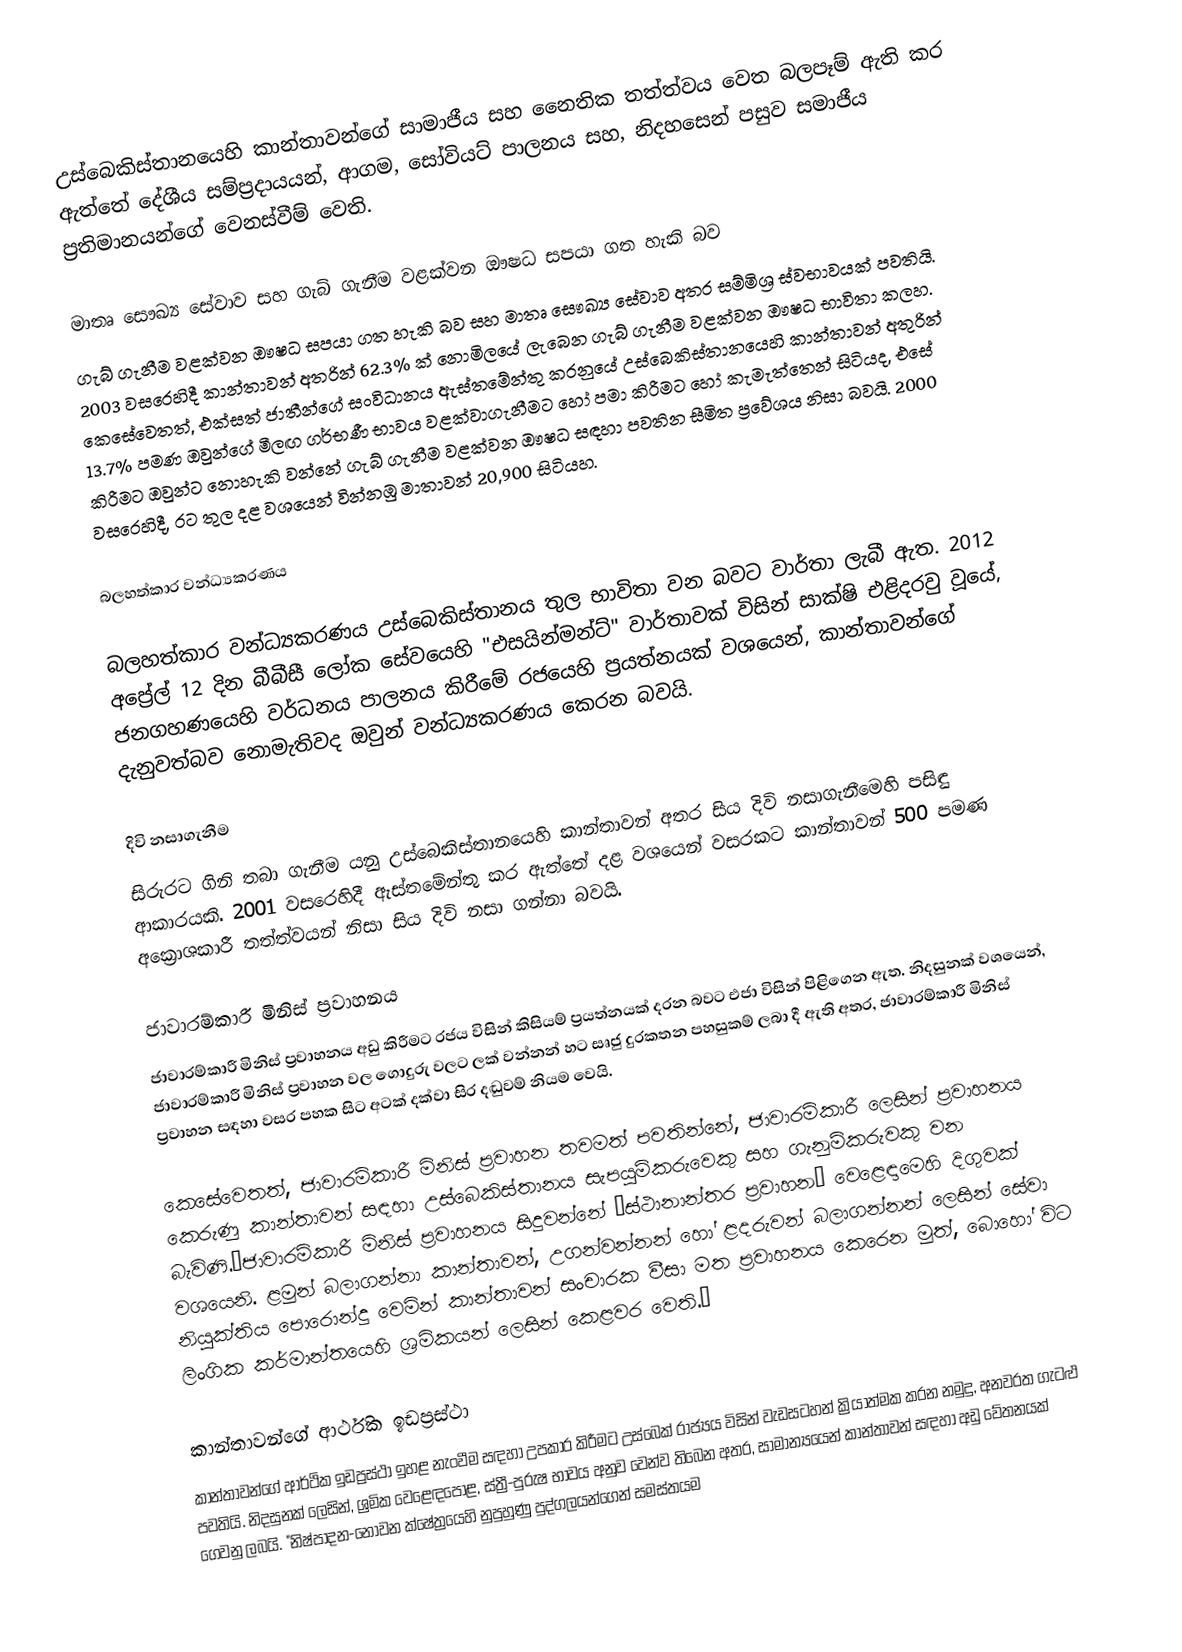
උස්බෙකිස්තානයෙහි කාන්තාවන්ගේ සාමාජීය සහ නෛතික තත්ත්වය වෙත බලපෑම් ඇති කර ඇත්තේ දේශීය සම්ප්‍රදායයන්, ආගම, සෝවියට් පාලනය සහ, නිදහසෙන් පසුව සමාජීය ප්‍රතිමානයන්ගේ වෙනස්වීම් වෙති.

මාතෘ සෞඛ්‍ය සේවාව සහ ගැබ් ගැනීම වළක්වන ඖෂධ සපයා ගත හැකි බව
ගැබ් ගැනීම වළක්වන ඖෂධ සපයා ගත හැකි බව සහ මාතෘ සෞඛ්‍ය සේවාව අතර සම්මිශ්‍ර ස්වභාවයක් පවතියි. 2003 වසරෙහිදී කාන්තාවන් අතරින් 62.3% ක් නොමිලයේ ලැබෙන ගැබ් ගැනීම වළක්වන ඖෂධ භාවිතා කලහ. කෙසේවෙතත්, එක්සත් ජාතීන්ගේ සංවිධානය ඇස්තමේන්තු කරනුයේ උස්බෙකිස්තානයෙහි කාන්තාවන් අතුරින් 13.7% පමණ ඔවුන්ගේ මීලඟ ගර්භණී භාවය වළක්වාගැනීමට හෝ පමා කිරීමට හෝ කැමැත්තෙන් සිටියද, එසේ කිරීමට ඔවුන්ට නොහැකි වන්නේ ගැබ් ගැනීම වළක්වන ඖෂධ සඳහා පවතින සීමිත ප්‍රවේශය නිසා බවයි. 2000 වසරෙහිදී, රට තුල දළ වශයෙන්  වින්නඹු මාතාවන් 20,900 සිටියහ.

බලහත්කාර වන්ධ්‍යකරණය

බලහත්කාර වන්ධ්‍යකරණය උස්බෙකිස්තානය තුල භාවිතා වන බවට වාර්තා ලැබී ඇත. 2012 අප්‍රේල් 12 දින බීබීසී ලෝක සේවයෙහි "එසයින්මන්ට්" වාර්තාවක් විසින් සාක්ෂි එළිදරවු වූයේ,  ජනගහණයෙහි වර්ධනය පාලනය කිරීමේ රජයෙහි ප්‍රයත්නයක් වශයෙන්,  කාන්තාවන්ගේ දැනුවත්බව නොමැතිවද ඔවුන් වන්ධ්‍යකරණය කෙරන බවයි.

දිවි නසාගැනීම
සිරුරට ගිනි තබා ගැනීම යනු උස්බෙකිස්තානයෙහි කාන්තාවන් අතර සිය දිවි නසාගැනීමෙහි පසිඳු ආකාරයකි. 2001 වසරෙහිදී ඇස්තමේන්තු කර ඇත්තේ දළ වශයෙන් වසරකට කාන්තාවන්  500 පමණ අක්‍රොශකාරී තත්ත්වයන් නිසා සිය දිවි නසා ගන්නා බවයි.

ජාවාරම්කාරී මිනිස් ප්‍රවාහනය
ජාවාරම්කාරී මිනිස් ප්‍රවාහනය අඩු කිරීමට රජය විසින් කිසියම් ප්‍රයත්නයක් දරන බවට එජා විසින් පිළිගෙන ඇත. නිදසුනක් වශයෙන්, ජාවාරම්කාරී මිනිස් ප්‍රවාහන වල ගොදුරු වලට ලක් වන්නන් හට සෘජු දුරකතන පහසුකම් ලබා දී ඇති අතර, ජාවාරම්කාරී මිනිස් ප්‍රවාහන සඳහා වසර පහක සිට අටක් දක්වා සිර දඬුවම් නියම වෙයි.

කෙසේවෙතත්, ජාවාරම්කාරී මිනිස් ප්‍රවාහන තවමත් පවතින්නේ, ජාවාරම්කාරී ලෙසින් ප්‍රවාහනය කෙරුණු කාන්තාවන් සඳහා උස්බෙකිස්තානය සැපයුම්කරුවෙකු සහ ගැනුම්කරුවකු වන බැවිණි.”ජාවාරම්කාරී මිනිස් ප්‍රවාහනය සිදුවන්නේ ‘ස්ථානාන්තර ප්‍රවාහන’ වෙළෙඳාමෙහි දිගුවක් වශයෙනි. ළමුන් බලාගන්නා කාන්තාවන්, උගන්වන්නන් හෝ ළදරුවන් බලාගන්නන් ලෙසින් සේවා නියුක්තිය පොරොන්දු වෙමින් කාන්තාවන් සංචාරක වීසා මත ප්‍රවාහනය කෙරෙන මුත්, බොහෝ විට ලිංගික කර්මාන්තයෙහි ශ්‍රමිකයන් ලෙසින් කෙළවර වෙති.”

කාන්තාවන්ගේ ආර්ථික ඉඩප්‍රස්ථා
කාන්තාවන්ගේ ආර්ථික ඉඩප්‍රස්ථා ඉහළ නැංවීම සඳහා උපකාර කිරීමට උස්බෙක් රාජ්‍යය විසින් වැඩසටහන් ක්‍රියාත්මක කරන නමුදු, අනවරත ගැටළු පවතියි. නිදසුනක් ලෙසින්, ශ්‍රමික වෙළෙඳපොළ, ස්ත්‍රී-පුරුෂ භාවය අනුව වෙන්ව තිබෙන අතර, සාමාන්‍යයෙන් කාන්තාවන් සඳහා අඩු වේතනයක් ගෙවනු ලබයි. "නිෂ්පාදන-නොවන ක්ෂේත්‍රයෙහි නුපුහුණු පුද්ගලයන්ගෙන් සමස්තයම